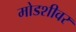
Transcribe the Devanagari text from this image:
मोडशीवर